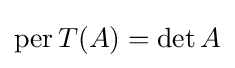
\operatorname {per} T(A)=\det A